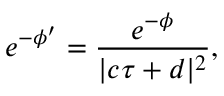
e ^ { - \phi ^ { \prime } } = \frac { e ^ { - \phi } } { | c \tau + d | ^ { 2 } } ,